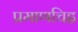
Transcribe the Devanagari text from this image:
प्रमाणचिह्न